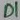
Text: DI